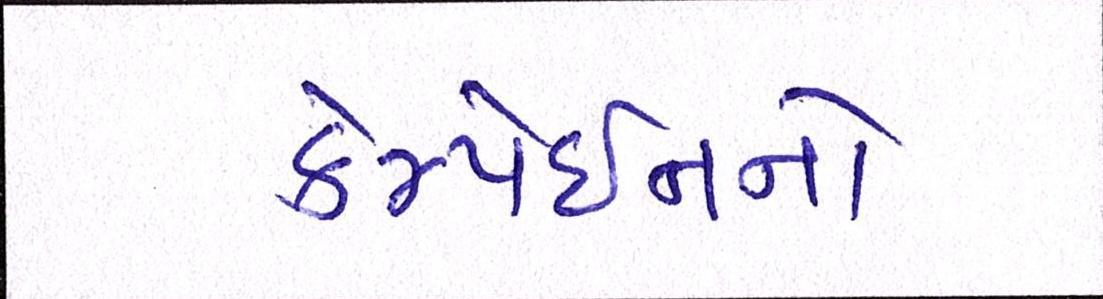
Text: કેમ્પેઈનનો